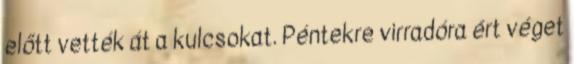
előtt vették át a kulcsokat. Péntekre virradóra ért véget